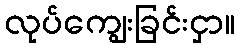
လုပ်ကျွေးခြင်းငှာ။